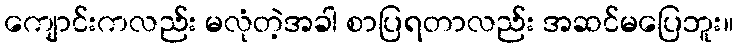
ကျောင်းကလည်း မလုံတဲ့အခါ စာပြရတာလည်း အဆင်မပြေဘူး။